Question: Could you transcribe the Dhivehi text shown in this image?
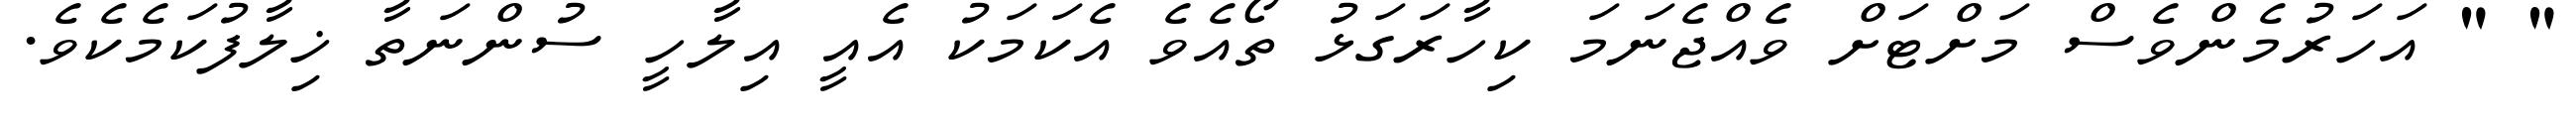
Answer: " " އަހަރުމެންވެސް މަށްޓަށް ވެއްޖެނަމަ ކިހާރަގަޅު ތޯއެވެ އެކަމަކު އެއީ އިލާހީ ސުންނަތާ ޚިލާފުކަމެކެވެ.